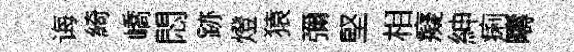
诲綺嶠悶跡燈猿彌堅相癡紳痢疇